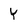
Character: Y